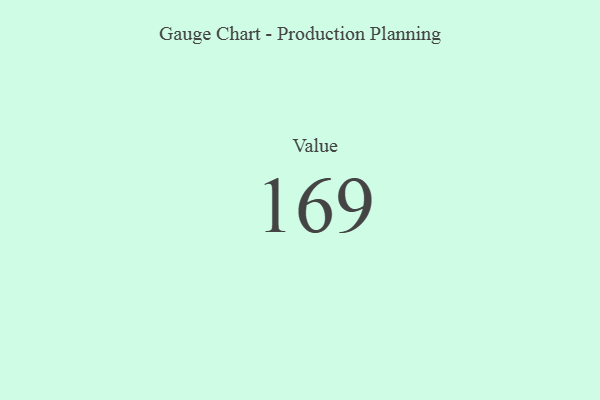
{"axis": {"x": "Metric", "y": "Value"}, "legend": [""], "data": [{"x": "Value", "y": 169, "type": ""}]}